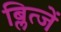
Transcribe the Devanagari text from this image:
ब्लित्जें